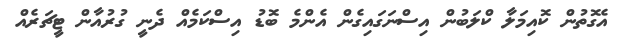
އެގޮތުން ކޮއިމަލާ ކްލަބުން އިސްނަގައިގެން އެންމެ ބޮޑު އިސްކަމެއް ދެނީ ގުރުއާން ޓީޗަރެއް